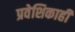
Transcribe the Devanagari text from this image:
प्रवेशिकाही